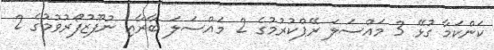
ކަންކަމާ ގުޅޭ 3 މައްސަލަ ރޭޕްކުރުމުގެ 2 މައްސަލަ ބާރާއި ނުފޫޒުފޯރުވުމުގެ 2